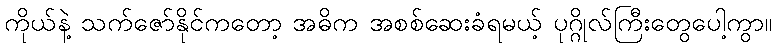
ကိုယ်နဲ့ သက်ဇော်နိုင်ကတော့ အဓိက အစစ်ဆေးခံရမယ့် ပုဂ္ဂိုလ်ကြီးတွေပေါ့ကွာ။